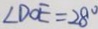
\angle D O E = 2 8 ^ { \circ }